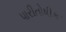
પારીતોષીક